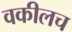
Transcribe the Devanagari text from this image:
वकीलच